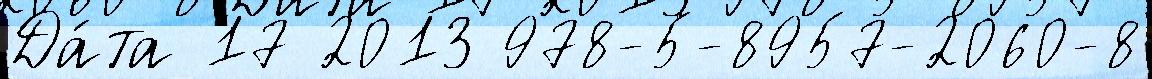
Да́та 17 2013 978-5-8957-2060-8